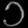
Digit: ၁